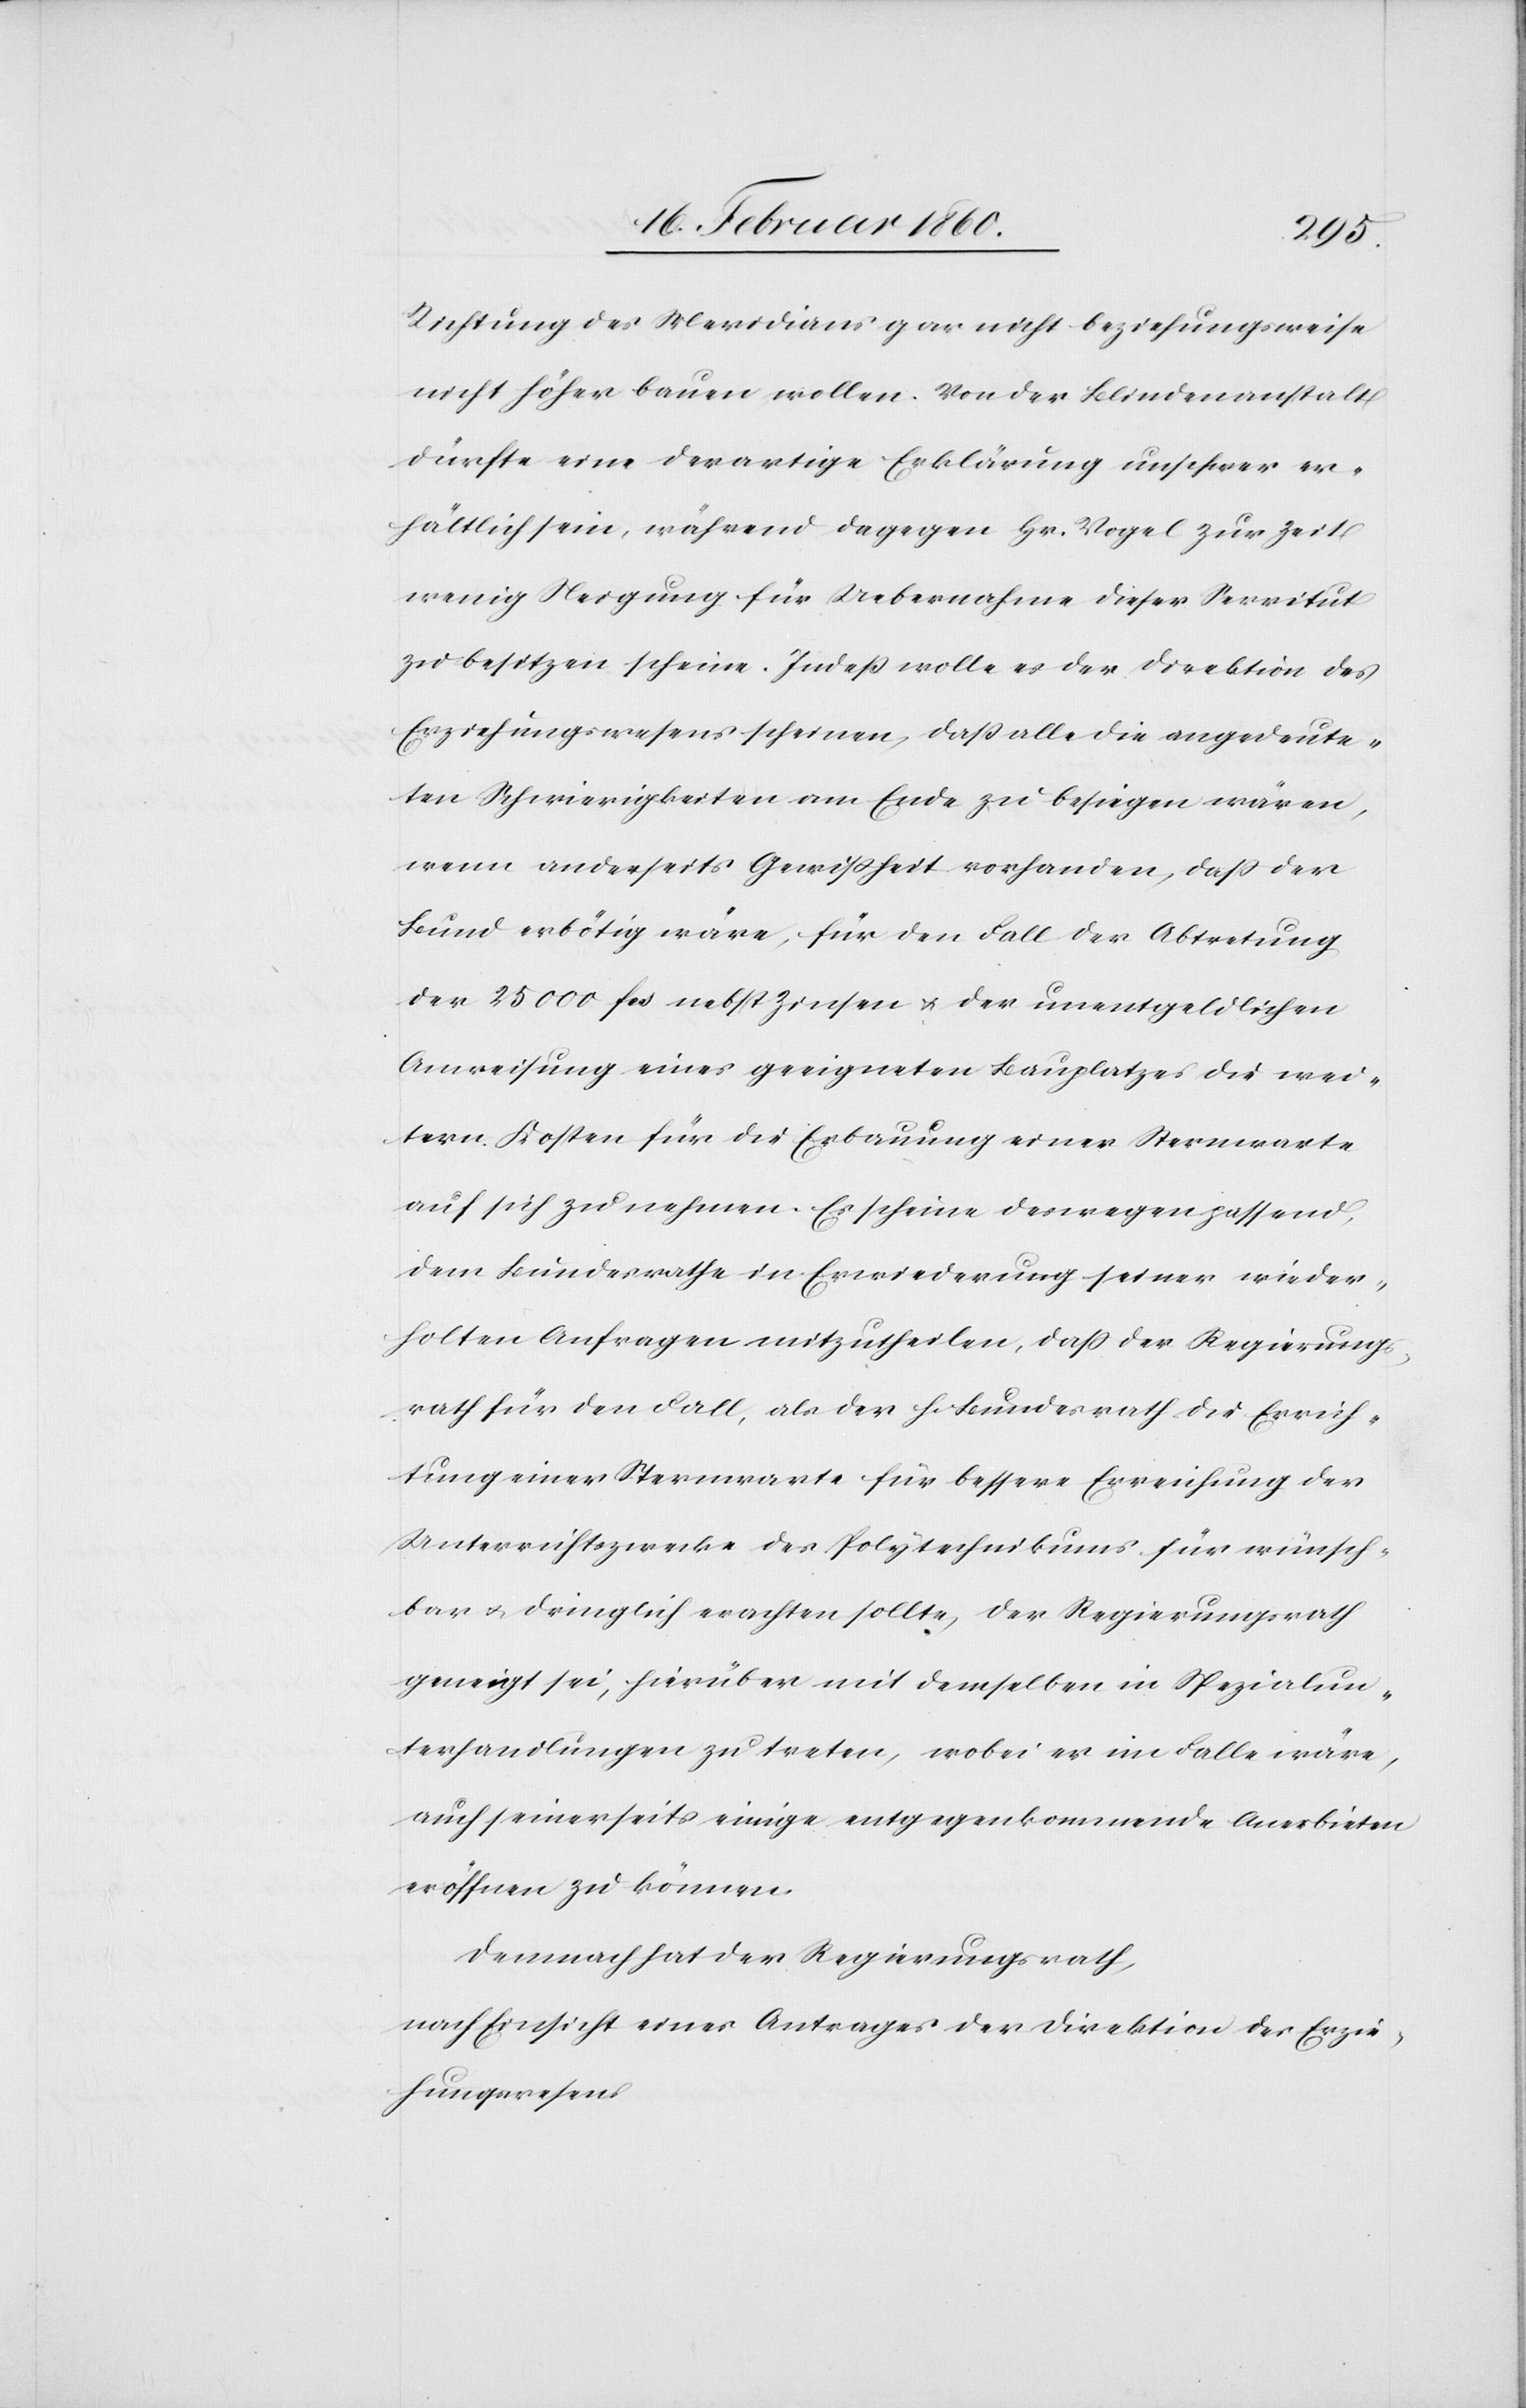
Richtung des Meridians gar nicht beziehungsweise
nicht höher bauen wollen. Von der Blindenanstalt
dürfte eine derartige Erklärung unschwer er¬
hältlich sein, während dagegen Hr. Vogel zur Zeit
wenig Neigung für Uebernahme dieser Servitut
zu besitzen scheine. Indess wolle es der Direktion des
Erziehungswesens scheinen, dass alle die angedeute¬
ten Schwierigkeiten am Ende zu besiegen wären,
wenn anderseits Gewissheit vorhanden, dass der
Bund erbötig wäre, für den Fall der Abtretung
der 25 000 fcs. nebst Zinsen u. der unentgeldlichen
Anweisung eines geeigneten Bauplatzes die wei¬
tern Kosten für die Erbauung einer Sternwarte
auf sich zu nehmen. Es scheine deswegen passend,
dem Bundesrathe in Erwiederung seiner wieder¬
holten Anfragen mitzutheilen, dass der Regierungs¬
rath für den Fall, als der h. Bundesrath die Errich¬
tung einer Sternwarte für bessere Erreichung der
Unterrichtszwecke des Polytechnikums für wünsch¬
bar u. dringlich erachten sollte, der Regierungsrath
geneigt sei, hierüber mit demselben in Spezialun¬
terhandlungen zu treten, wobei er im Falle wäre,
auch seinerseits einige entgegenkommende Anerbieten
eröffnen zu können.
Demnach hat der Regierungsrath;
nach Einsicht eines Antrages der Direktion des Erzie¬
hungswesens